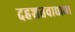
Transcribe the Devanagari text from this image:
दहशतवाद्याला